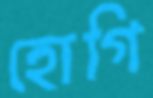
হোগি